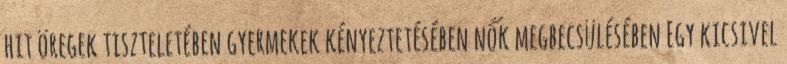
hit öregek tiszteletében gyermekek kényeztetésében nők megbecsülésében Egy kicsivel